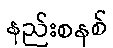
နည်းစနစ်